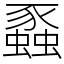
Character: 蟸